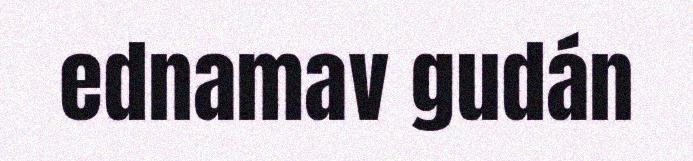
ednamav gudán